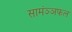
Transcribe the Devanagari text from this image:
सामंञ्ञफल